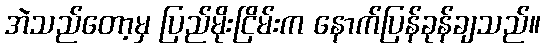
အဲသည်တော့မှ ပြည်မိုးငြိမ်းက နောက်ပြန်ခုန်ချသည်။